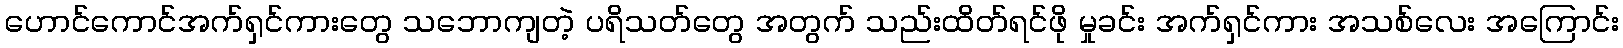
ဟောင်ကောင်အက်ရှင်ကားတွေ သဘောကျတဲ့ ပရိသတ်တွေ အတွက် သည်းထိတ်ရင်ဖို မှုခင်း အက်ရှင်ကား အသစ်လေး အကြောင်း